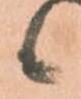
候